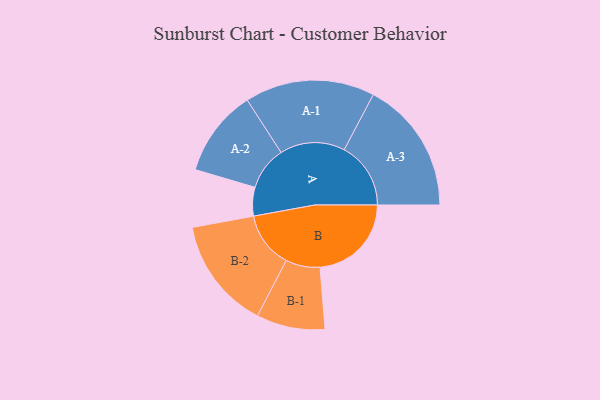
{"axis": {"x": "Segment", "y": "Value"}, "legend": ["", "A", "B"], "data": [{"x": "A", "y": 127, "type": ""}, {"x": "B", "y": 405, "type": ""}, {"x": "A-1", "y": 288, "type": "A"}, {"x": "A-2", "y": 193, "type": "A"}, {"x": "A-3", "y": 295, "type": "A"}, {"x": "B-1", "y": 152, "type": "B"}, {"x": "B-2", "y": 248, "type": "B"}]}